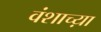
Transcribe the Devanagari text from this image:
वंशाच्य़ा